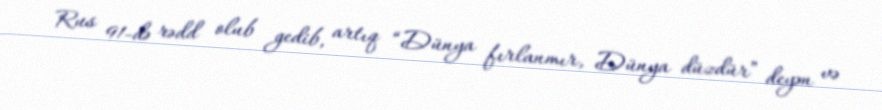
Rus 91-də rədd olub gedib, artıq “Dünya fırlanmır, Dünya düzdür” deyən və